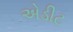
એડીટ